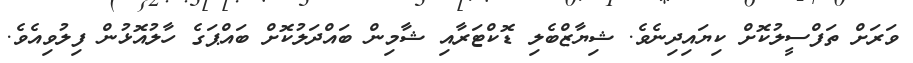
ވަރަށް ތަފްސީލުކޮށް ކިޔައިދިނެވެ. ޝިޔާޒްބެލި ޑޮކްޓަރާއި ޝާމިން ބައްދަލުކޮށް ބައްޕަގެ ހާލުއޮޅުން ފިލުވިއެވެ.